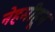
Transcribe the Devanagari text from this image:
नेहमीहून